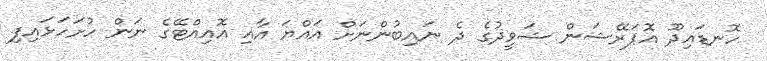
ހޮނޑައިދޫ އޮޕަރޭޝަން ޝަވީދުގެ ދެ ނައިބުންނަށް އައްޔަ އާއި އޮއިއްޓޭގެ ނަން ހުށަހަޅައިފި